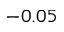
- 0 . 0 5